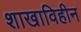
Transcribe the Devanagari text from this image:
शाखाविहीन